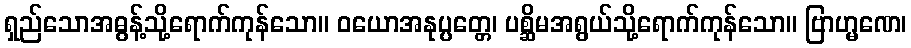
ရှည်သောအဓွန့်သို့ရောက်ကုန်သော။ ဝယောအနုပ္ပတ္တေ၊ ပစ္ဆိမအရွယ်သို့ရောက်ကုန်သော။ ဗြာဟ္မဏေ၊